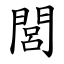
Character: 閭